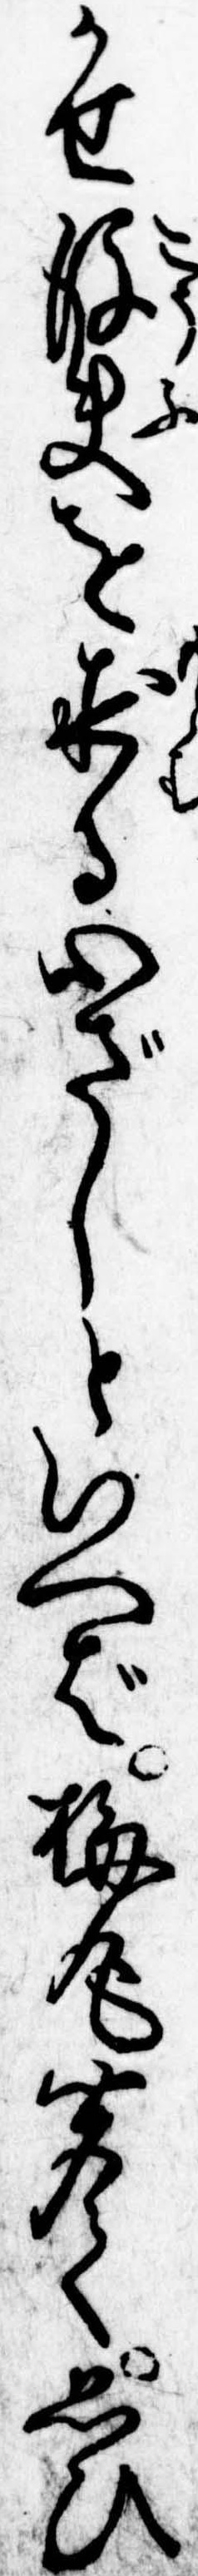
かせ後夫を求る心ざしといへば梅丸聞て思ひ